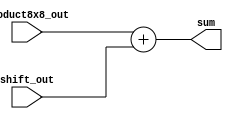
`timescale 1ns / 1ps

module Adder(

input [15:0] shift_out ,
input [15:0] product8x8_out,
output [15:0] sum 

    );
    
    assign sum = product8x8_out + shift_out ;
    
endmodule